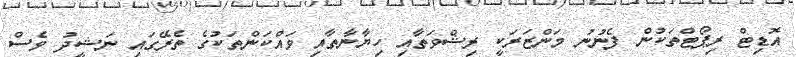
އޮޑިޓް ރިޕޯޓްތަކުން ފެނުނު މަންޒަރަކީ ރިޝްވަތާއި ހިޔާނާތާއި ވައްކަންތަކުގެ ތެރޭގައި ނަޝީދު ވެސް